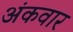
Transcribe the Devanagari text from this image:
अंकवार